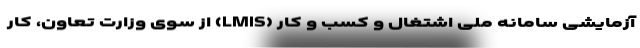
آزمایشی سامانه ملی اشتغال و کسب و کار (LMIS) از سوی وزارت تعاون، کار